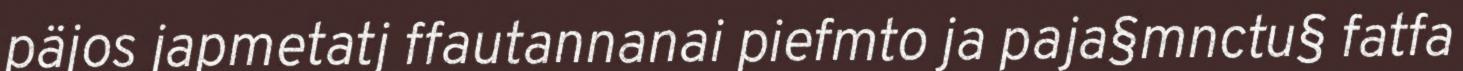
päjos japmetatj ffautannanai piefmto ja paja§mnctu§ fatfa